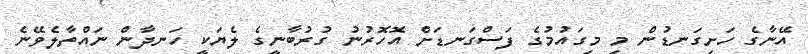
އޭނާގެ ހަށިގަނޑުން މި މިގައުމުގެ ފަސްގަނޑަށް އޮހޮރުނު ގުރުބާނީގެ ލެޔަކީ ހަނދާން ނައްތާލެވޭނެ